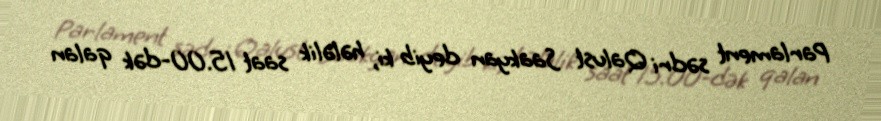
Parlament sədri Qalust Saakyan deyib ki, hələlik saat 15.00-dək qalan